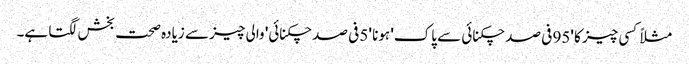
مثلاً کسی چیز کا '95 فی صد چکنائی سے پاک' ہونا '5 فی صد چکنائی' والی چیز سے زیادہ صحت بخش لگتا ہے۔